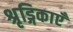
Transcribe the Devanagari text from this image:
श्रृड्गिकाएँ